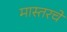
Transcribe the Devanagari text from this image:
मास्तरचे